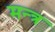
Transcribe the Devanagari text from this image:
मन्‍त्र